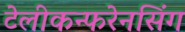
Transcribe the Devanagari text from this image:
टेलीकन्फरेनसिंग